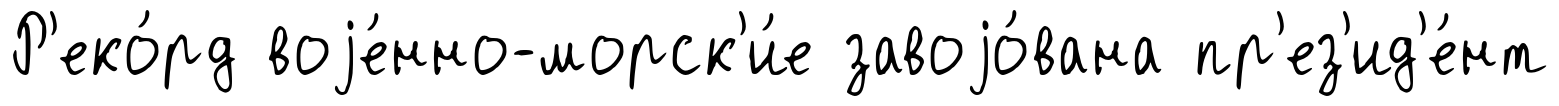
Р'еко́рд воjе́нно-морск'и́е завоjо́вана пр'ез'ид'е́нт